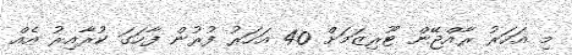
މި އަހަރު ރާއްޖޭން ޓޫރިޒަމަށް 40 އަހަރު ފުރުން ފާހަގަ ކުރާއިރު އެއް